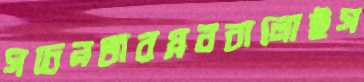
সচেনতারপ্লববালোইস